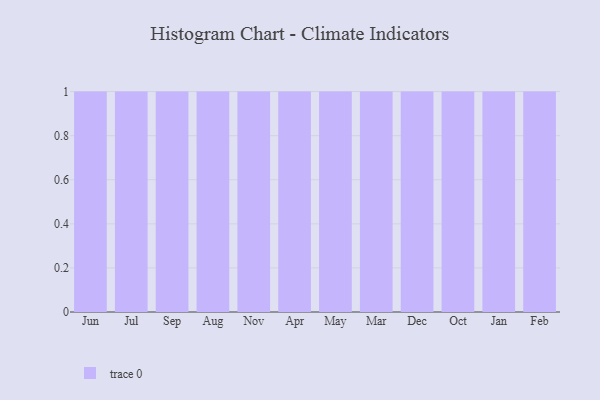
{"axis": {"x": "Month", "y": "Inventory Turnover"}, "legend": [""], "data": [{"x": "Jun", "y": 8, "type": ""}, {"x": "Jul", "y": 15, "type": ""}, {"x": "Sep", "y": 16, "type": ""}, {"x": "Aug", "y": 70, "type": ""}, {"x": "Nov", "y": 78, "type": ""}, {"x": "Apr", "y": 2, "type": ""}, {"x": "May", "y": 94, "type": ""}, {"x": "Mar", "y": 44, "type": ""}, {"x": "Dec", "y": 65, "type": ""}, {"x": "Oct", "y": 11, "type": ""}, {"x": "Jan", "y": 85, "type": ""}, {"x": "Feb", "y": 5, "type": ""}]}